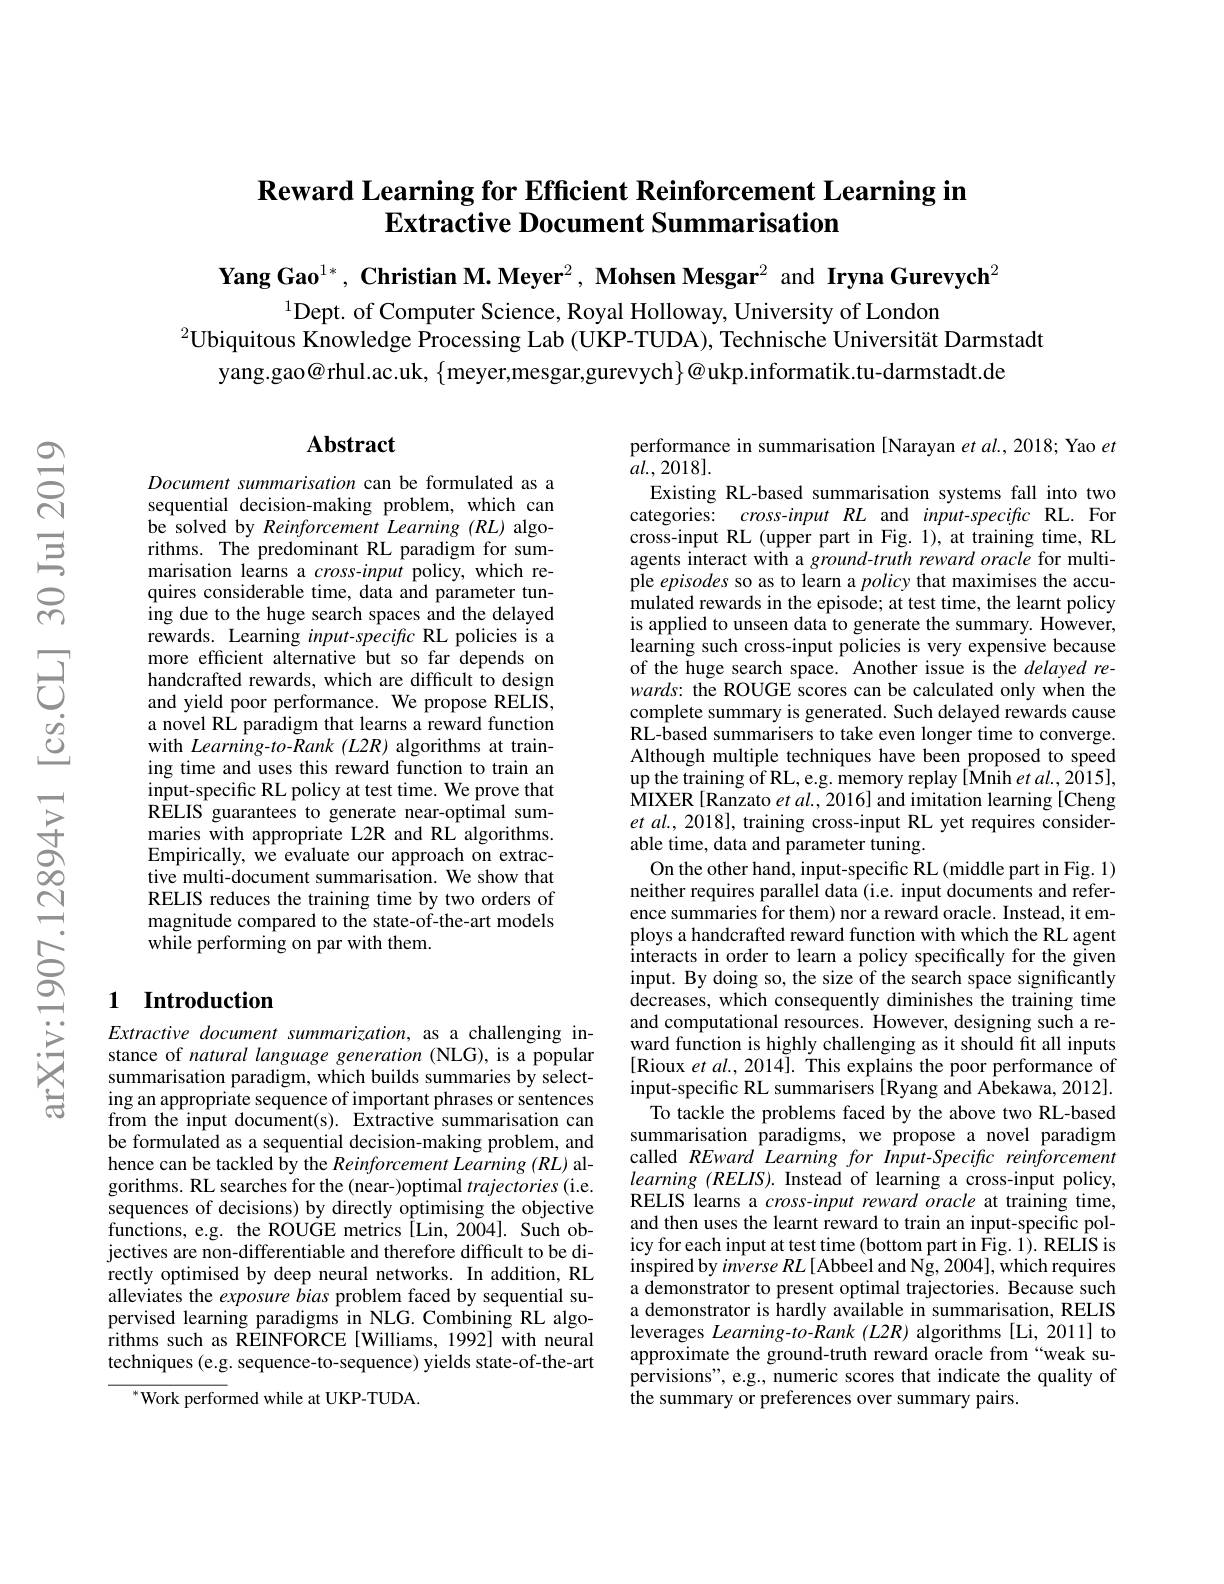
# $\textbf{Reward Learning for Efficient Reinforcement Learning in}$ Extractive Document Summarisation

Yang Gao$^{1*},\textbf{Christian M.Meyer}^2,\textbf{Mohsen Mesgar}^2$ and Iryna Gurevych$^2$

$^{1}$Dept. of Computer Science, Royal Holloway, University of London
$^{2}\hat{\text{Ubiquitous Knowledge Processing Lab (UKP-TUDA), Technische Universität Darmstadt}}$
yang.gao@rhul.ac.uk, $\{$meyer,mesgar,gurevych$\}@$ukp.informatik.tu-darmstadt.de

## Abstract

Document summarisation can be formulated as a sequential decision-making problem, which can be solved by Reinforcement Learning (RL) algorithms. The predominant RL paradigm for summarisation learns a $cross-input$ policy, which requires considerable time, data and parameter tuning due to the huge search spaces and the delayed rewards. Learning input-specific RL policies is a more efficient alternative but so far depends on handcrafted rewards, which are difficult to design and yield poor performance. We propose RELIS, a novel RL paradigm that learns a reward function with Learning-to-Rank (L2R) algorithms at training time and uses this reward function to train an input-specific RL policy at test time. We prove that RELIS guarantees to generate near-optimal summaries with appropriate L2R and RL algorithms. Empirically, we evaluate our approach on extractive multi-document summarisation. We show that RELIS reduces the training time by two orders of magnitude compared to the state-of-the-art models while performing on par with them.

### 1 Introduction

Extractive document summarization, as a challenging instance of natural language generation (NLG), is a popular summarisation paradigm, which builds summaries by selecting an appropriate sequence of important phrases or sentences from the input document(s). Extractive summarisation can be formulated as a sequential decision-making problem, and hence can be tackled by the Reinforcement Learning (RL) algorithms. RL searches for the (near-)optimal trajectories(i.e. sequences of decisions) by directly optimising the objective functions, e.g. the ROUGE metrics[Lin,2004]. Such objectives are non-differentiable and therefore difficult to be directly optimised by deep neural networks. In addition, RL alleviates the exposure bias problem faced by sequential supervised learning paradigms in NLG. Combining RL algorithms such as REINFORCE[Williams, 1992] with neural techniques (e.g. sequence-to-sequence) yields state-of-the-art
$^{*}$Work performed while at UKP-TUDA

performance in summarisation [Narayan et al., 2018; Yao $et$
$\bar{al}.,2018].$
Existing RL-based summarisation systems fall into two

categories: $cross-inputRL$ and input-specific RL. For cross-input RL (upper part in Fig. 1), at training time, RL agents interact with a ground-truth reward oracle for multiple episodes so as to learn a policy that maximises the accumulated rewards in the episode; at test time, the learnt policy is applied to unseen data to generate the summary. However, learning such cross-input policies is very expensive because of the huge search space. Another issue is the delayed rewards: the ROUGE scores can be calculated only when the complete summary is generated. Such delayed rewards cause RL-based summarisers to take even longer time to converge. Although multiple techniques have been proposed to speed up the training of RL, e.g. memory replay[Mnih et al., 2015] MIXER[Ranzato et al., 2016] and imitation learning [Cheng $etal.,2018]$, training cross-input RL yet requires considerable time, data and parameter tuning.
On the other hand, input-specific RL (middle part in Fig. 1) neither requires parallel data (i.e. input documents and reference summaries for them) nor a reward oracle. Instead, it employs a handcrafted reward function with which the RL agent interacts in order to learn a policy specifically for the given input. By doing so, the size of the search space significantly decreases, which consequently diminishes the training time and computational resources. However, designing such a reward function is highly challenging as it should fit all inputs [Rioux et al., 2014]. This explains the poor performance of input-specific RL summarisers [Ryang and Abekawa, 2012].
To tackle the problems faced by the above two RL-based summarisation paradigms, we propose a novel paradigm called REward Learning for Input-Specific reinforcement $learning~(RELIS).~$Instead of learning a cross-input policy, RELIS learns a cross-input reward oracle at training time, and then uses the learnt reward to train an input-specific policy for each input at test time (bottom part in Fig. 1). RELIS is $inspiredbyinverseRL[$Abbeel and Ng,2004],which requires a demonstrator to present optimal trajectories. Because such a demonstrator is hardly available in summarisation, RELIS leverages Learning-to-Rank (L2R) algorithms [Li, 2011] to approximate the ground-truth reward oracle from“weak supervisions", e.g., numeric scores that indicate the quality of the summary or preferences over summary pairs.